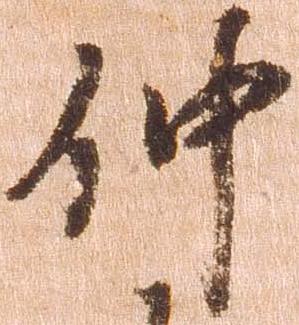
仲